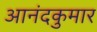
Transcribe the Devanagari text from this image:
आनंदकुमार